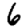
Digit: 6